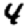
Digit: 4